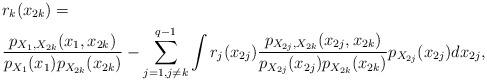
LaTeX: \begin{align*} &r_{k}(x_{2k})=\\&\frac{p_{X_1,X_{2k}}(x_1,x_{2k})}{p_{X_1}(x_1)p_{X_{2k}}(x_{2k})}-\sum_{j=1,j\neq k}^{q-1}\int r_{j}(x_{2j})\frac{p_{X_{2j},X_{2k}}(x_{2j},x_{2k})}{p_{X_{2j}}(x_{2j})p_{X_{2k}}(x_{2k})}p_{X_{2j}}(x_{2j})dx_{2j},\end{align*}